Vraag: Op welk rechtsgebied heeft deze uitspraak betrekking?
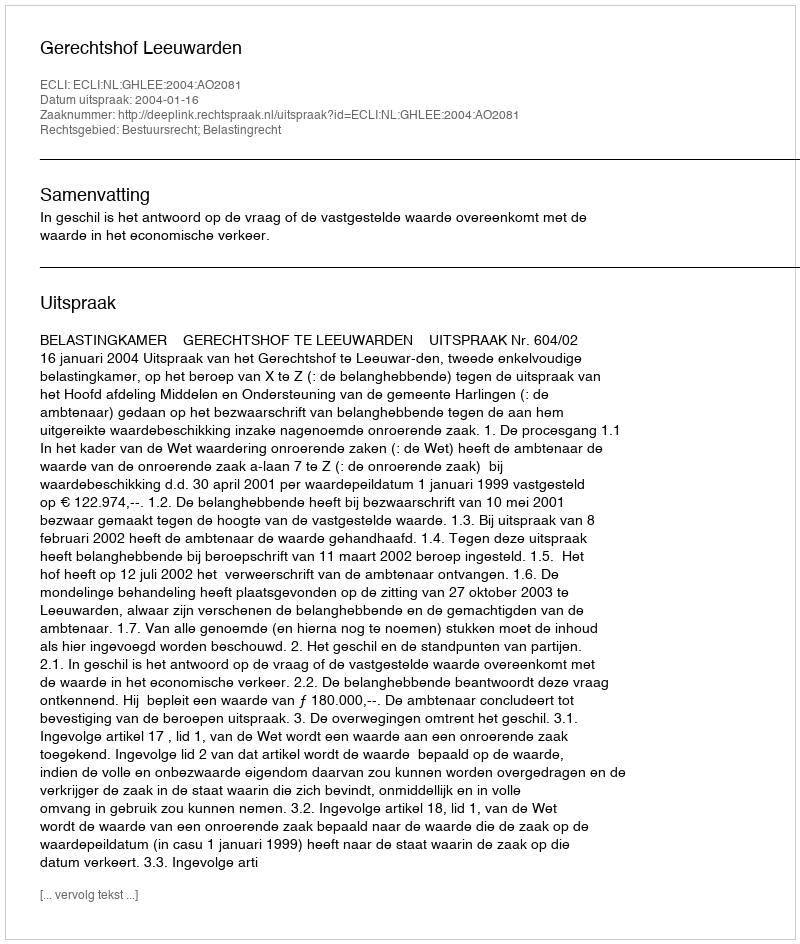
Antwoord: Bestuursrecht; Belastingrecht